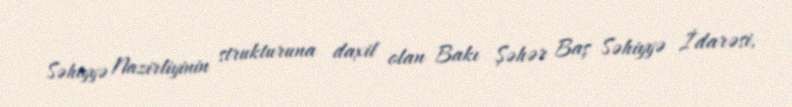
Səhiyyə Nazirliyinin strukturuna daxil olan Bakı Şəhər Baş Səhiyyə İdarəsi,